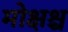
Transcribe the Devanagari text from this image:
मोक्षश्च